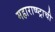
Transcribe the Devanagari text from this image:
महाराष्ष्ट्राची